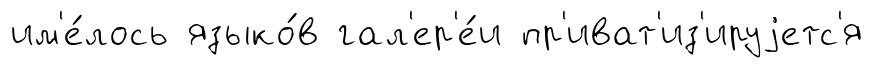
им'е́лось языко́в гал'ер'е́и пр'иват'из'ируjетс'я